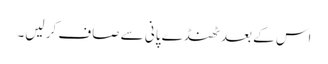
اس کے بعد ٹھنڈے پانی سے صاف کر لیں۔